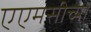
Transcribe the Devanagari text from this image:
एएमसीच्या